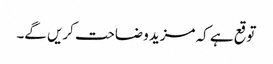
توقع ہے کہ مزید وضاحت کریں گے۔